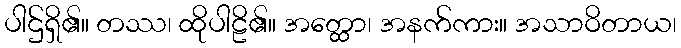
ပါဌ်ရှိ၏။ တဿ၊ ထိုပါဠိ၏။ အတ္ထော၊ အနက်ကား။ အသာဝိတာယ၊